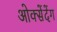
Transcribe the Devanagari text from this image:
ओक्सेंदेंग